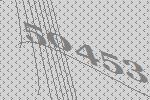
50453